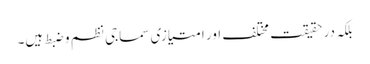
بلکہ در حقیقت مختلف اور امتیازی سماجی نظم و ضبط ہیں۔